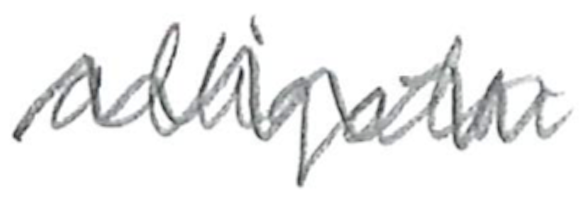
Text: alligator
Cross-out: mix
Writing tool: pencil